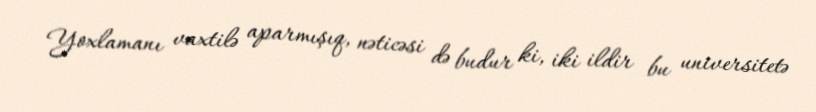
Yoxlamanı vaxtilə aparmışıq, nəticəsi də budur ki, iki ildir bu universitetə